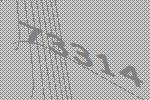
73314